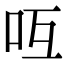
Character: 𠯞